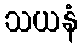
သယနံ